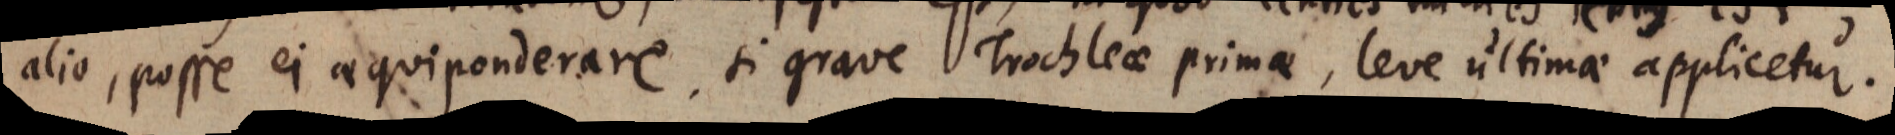
alio, posse ei aequiponderare, si grave Trochleae primae, leve ultimae applicetur.